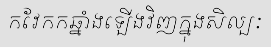
កវែកកឆ្នាំងឡើងវិញក្នុងសិល្បៈ